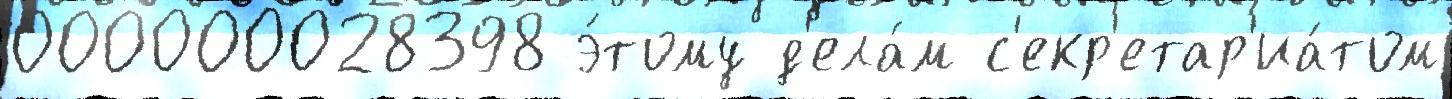
000000028398 э́тому д'ела́м с'екр'етар'иа́том